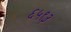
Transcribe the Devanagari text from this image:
६५९३